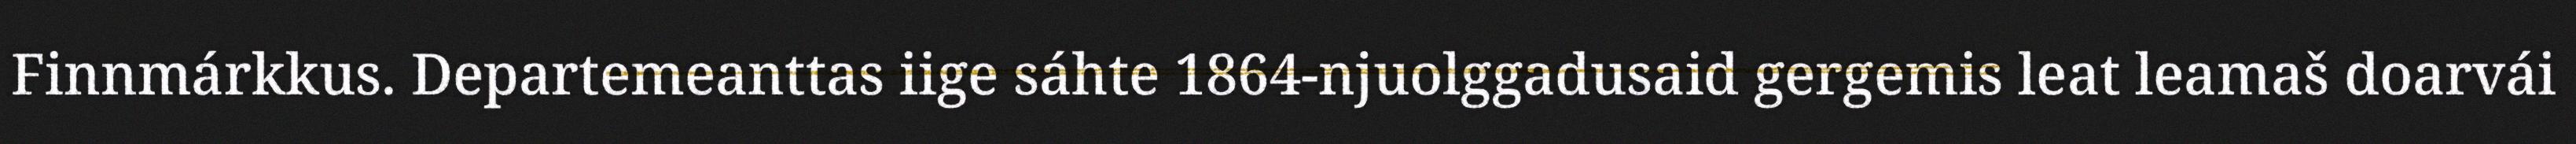
Finnmárkkus. Departemeanttas iige sáhte 1864-njuolggadusaid gergemis leat leamaš doarvái